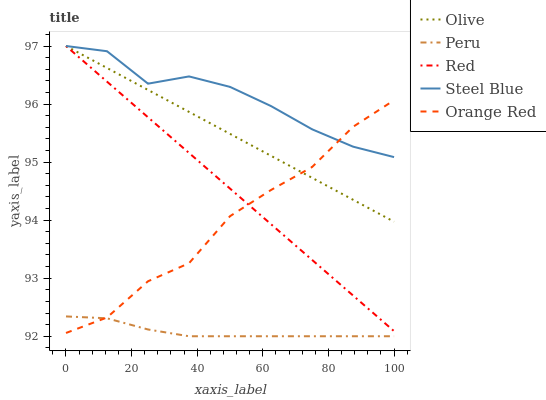
| xaxis_label | Olive | Peru | Red | Steel Blue | Orange Red |
 | --- | --- | --- | --- | --- | --- |
 | 0 | 97 | 92.3 | 97 | 97 | 92.1 |
 | 12.5 | 96.6 | 92.3 | 96.4 | 96.9 | 92.3 |
 | 25 | 96.2 | 92.1 | 95.8 | 96.4 | 92.9 |
 | 37.5 | 95.9 | 92 | 95.2 | 96.5 | 93.3 |
 | 50 | 95.5 | 92 | 94.5 | 96.3 | 94.1 |
 | 62.5 | 95.1 | 92 | 93.9 | 96 | 94.5 |
 | 75 | 94.7 | 92 | 93.3 | 95.6 | 94.9 |
 | 87.5 | 94.4 | 92 | 92.7 | 95.3 | 95.6 |
 | 100 | 94 | 92 | 92.1 | 95.1 | 96.1 |